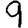
Digit: 9